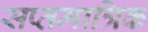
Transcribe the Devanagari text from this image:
सप्तमात्रिक